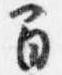
間